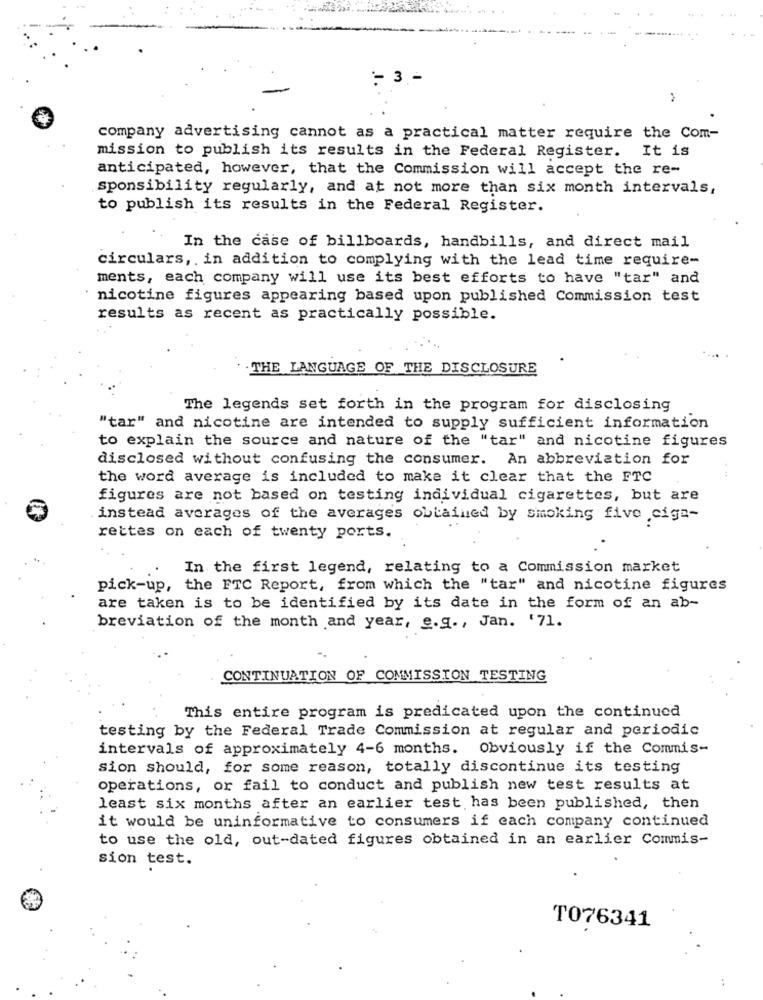
- 3 -
company advertising cannot as a practical matter require the Com-
mission to publish its results in the Federal Register. It is
anticipated, however, that the Commission will accept the re-
sponsibility regularly, and at not more than six month intervals,
to publish its results in the Federal Register.
In the case of billboards, handbills, and direct mail
circulars, . in addition to complying with the lead time require-
ments, each company will use its best efforts to have "tar" and
nicotine figures appearing based upon published Commission test
results as recent as practically possible.
THE LANGUAGE OF THE DISCLOSURE
The legends set forth in the program for disclosing
"tar" and nicotine are intended to supply sufficient information
to explain the source and nature of the "tar" and nicotine figures
disclosed without confusing the consumer. An abbreviation for
the word average is included to make it clear that the FTC
figures are not based on testing individual cigarettes, but are
instead averages of the averages obtained by smoking five .cige-
rettes on each of twenty ports.
In the first legend, relating to a Commission market
pick-up, the FTC Report, from which the "tar" and nicotine figures
are taken is to be identified by its date in the form of an ab-
breviation of the month and year, e.g ., Jan. '71.
CONTINUATION OF COMMISSION TESTING
This entire program is predicated upon the continued
testing by the Federal Trade Commission at regular and periodic
intervals of approximately 4-6 months. Obviously if the Commis-
sion should, for some reason, totally discontinue its testing
operations, or fail to conduct and publish new test results at
least six months after an earlier test has been published, then
it would be uninformative to consumers if each company continued
to use the old, out-dated figures obtained in an earlier Commis-
sion test.
T076341
...